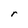
Character: r